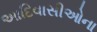
આદિવાસીઓના